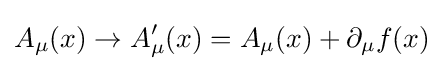
A_{\mu }(x)\rightarrow A'_{\mu }(x)=A_{\mu }(x)+\partial _{\mu }f(x)